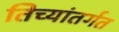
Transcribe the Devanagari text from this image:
तिच्यांतर्गत